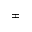
\pm